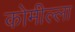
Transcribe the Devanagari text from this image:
कोमील्ला